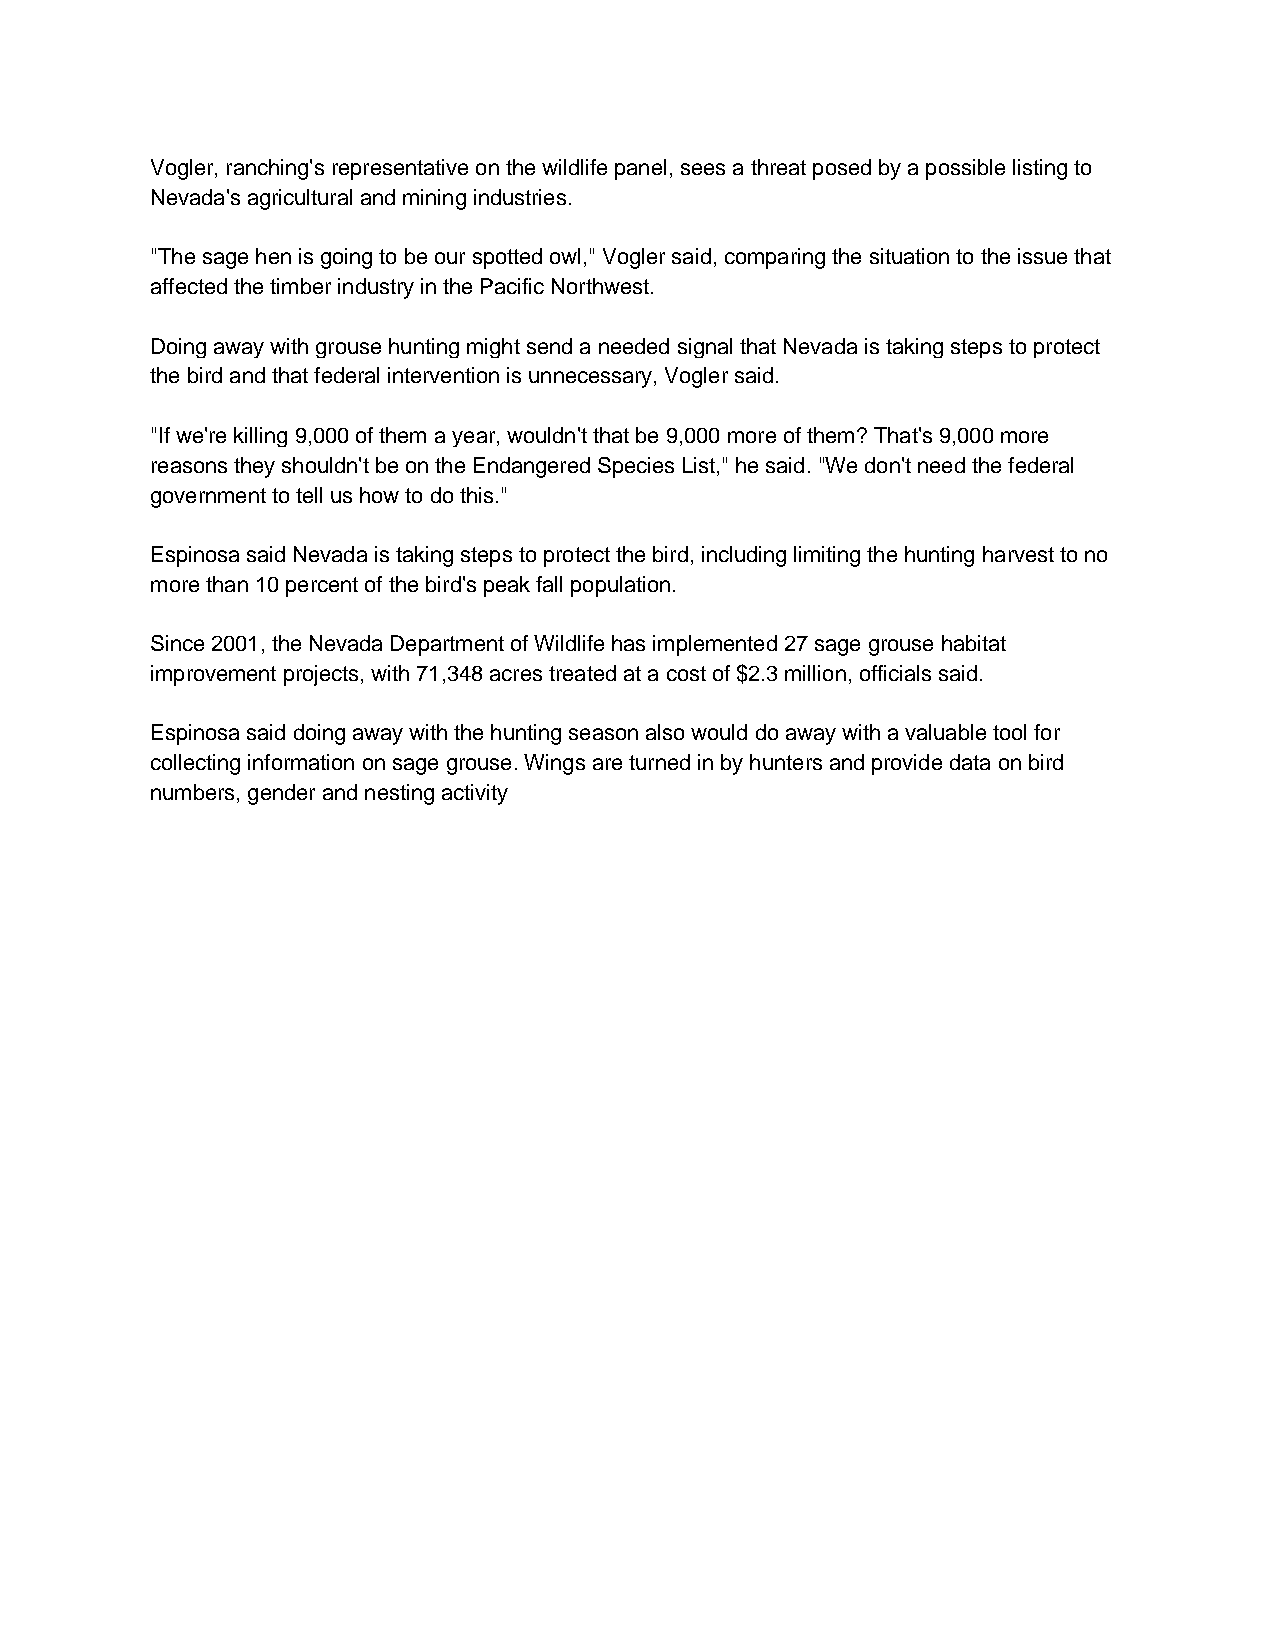
Vogler, ranching's representative on the wildlife panel, sees a threat posed by a possible listing to
 Nevada's agricultural and mining industries.
 "The sage hen is going to be our spotted owl," Vogler said, comparing the situation to the issue that
 affected the timber industry in the Pacific Northwest.
 Doing away with grouse hunting might send a needed signal that Nevada is taking steps to protect
 the bird and that federal intervention is unnecessary, Vogler said.
 "If we're killing 9,000 of them a year, wouldn't that be 9,000 more of them? That's 9,000 more
 reasons they shouldn't be on the Endangered Species List," he said. "We don't need the federal
 government to tell us how to do this."
 Espinosa said Nevada is taking steps to protect the bird, including limiting the hunting harvest to no
 more than 10 percent of the bird's peak fall population.
 Since 2001, the Nevada Department of Wildlife has implemented 27 sage grouse habitat
 improvement projects, with 71,348 acres treated at a cost of $2.3 million, officials said.
 Espinosa said doing away with the hunting season also would do away with a valuable tool for
 collecting information on sage grouse. Wings are turned in by hunters and provide data on bird
 numbers, gender and nesting activity